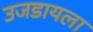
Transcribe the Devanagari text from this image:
उजडायला